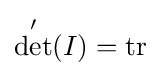
\det '(I)=\mathrm {tr}